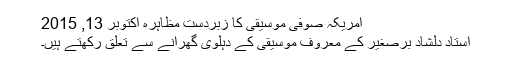
امریکہ صوفی موسیقی کا زبردست مظاہرہ اکتوبر 13, 2015
استاد دلشاد برصغیر کے معروف موسیقی کے دہلوی گھرانے سے تعلق رکھتے ہیں۔